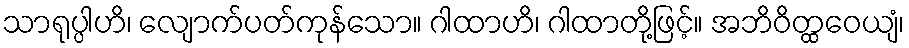
သာရုပ္ပါဟိ၊ လျောက်ပတ်ကုန်သော။ ဂါထာဟိ၊ ဂါထာတို့ဖြင့်။ အဘိဝိတ္ထဝေယျံ၊